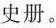
史册。